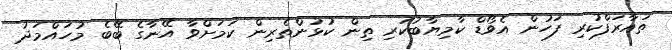
ތައާރަފްކުރި ފަހުން އެވޯޑް ކާމިޔާބުކުރި ތިން ކުޅުންތެރިން ކަމަށްވާ އޭނާގެ ބޭބެ މުހައްމަދު